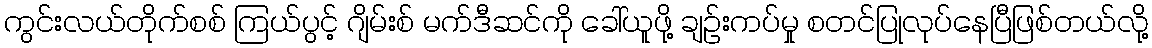
ကွင်းလယ်တိုက်စစ် ကြယ်ပွင့် ဂျိမ်းစ် မက်ဒီဆင်ကို ခေါ်ယူဖို့ ချဉ်းကပ်မှု စတင်ပြုလုပ်နေပြီဖြစ်တယ်လို့